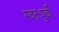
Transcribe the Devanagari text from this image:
स्वतःपुर्वी